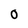
Character: O